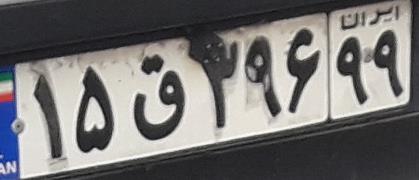
۱۵ق۳۹۶۹۹